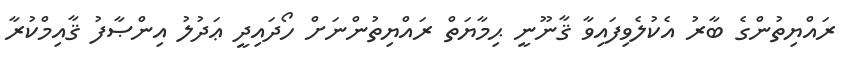
ރައްޔިތުންގެ ބާރު އެކުލެވިފައިވާ ޤާނޫނީ ޙިމާޔަތް ރައްޔިތުންނަށް ހޯދައިދީ ޢަދުލު އިންޞާފު ޤާއިމްކުރާ